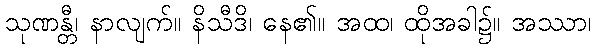
သုဏန္တီ၊ နာလျက်။ နိသီဒိ၊ နေ၏။ အထ၊ ထိုအခါ၌။ အဿာ၊